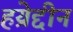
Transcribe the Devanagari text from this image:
हय्रेद्दीन